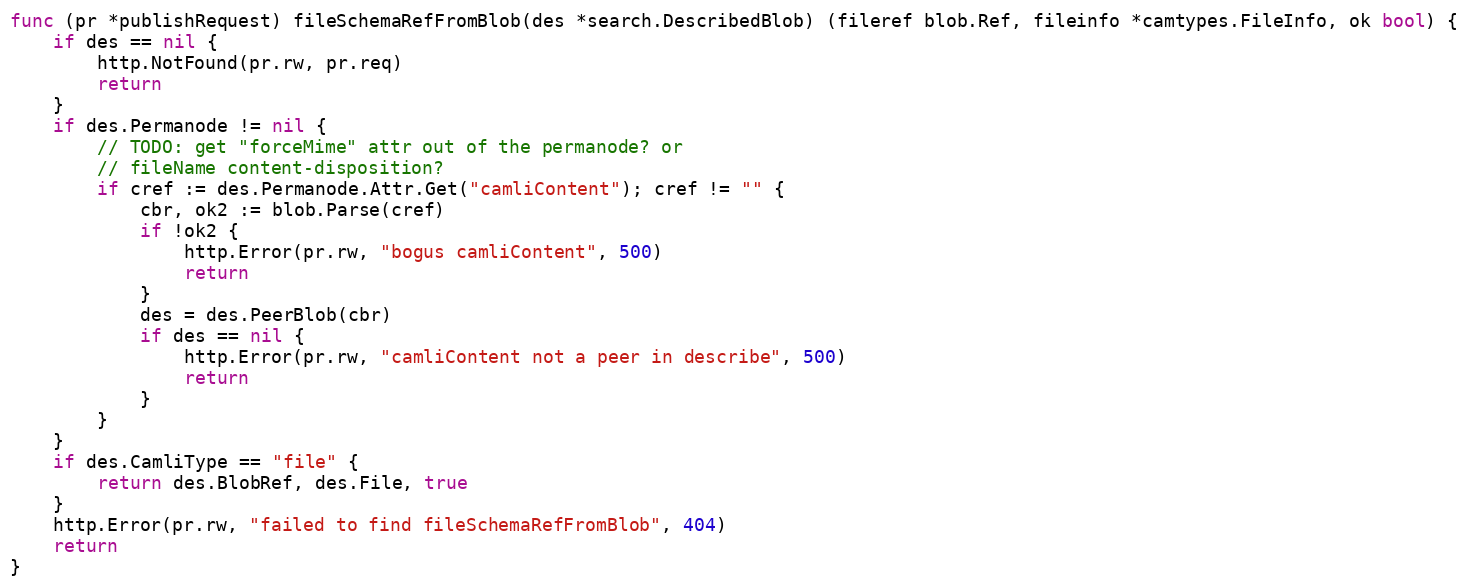
Language: Go
func (pr *publishRequest) fileSchemaRefFromBlob(des *search.DescribedBlob) (fileref blob.Ref, fileinfo *camtypes.FileInfo, ok bool) {
	if des == nil {
		http.NotFound(pr.rw, pr.req)
		return
	}
	if des.Permanode != nil {
		// TODO: get "forceMime" attr out of the permanode? or
		// fileName content-disposition?
		if cref := des.Permanode.Attr.Get("camliContent"); cref != "" {
			cbr, ok2 := blob.Parse(cref)
			if !ok2 {
				http.Error(pr.rw, "bogus camliContent", 500)
				return
			}
			des = des.PeerBlob(cbr)
			if des == nil {
				http.Error(pr.rw, "camliContent not a peer in describe", 500)
				return
			}
		}
	}
	if des.CamliType == "file" {
		return des.BlobRef, des.File, true
	}
	http.Error(pr.rw, "failed to find fileSchemaRefFromBlob", 404)
	return
}